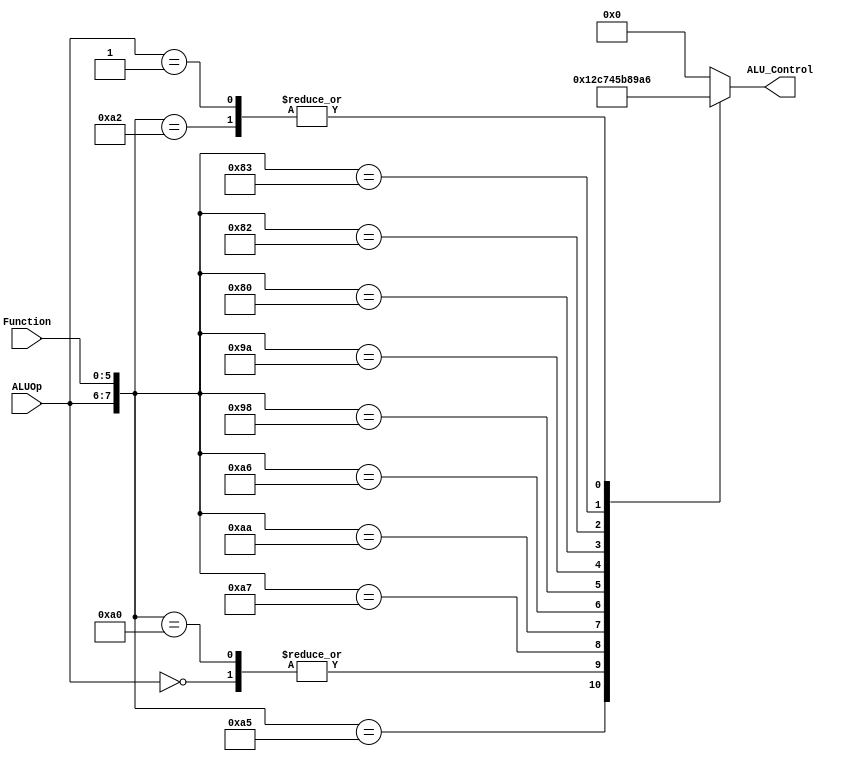
`timescale 1ns / 1ps

 
 module ALUControl(
    input [1:0] ALUOp, 
    input [5:0] Function,
    output reg[3:0] ALU_Control);  

    wire [7:0] ALUControlIn;  
    
    assign ALUControlIn = {ALUOp,Function};  
    
    always @(ALUControlIn)  
     
    casex (ALUControlIn)  
        8'b1x100100: ALU_Control=4'b0000;  
        8'b10100101: ALU_Control=4'b0001;  
        8'b00xxxxxx: ALU_Control=4'b0010; 
        8'b10100000: ALU_Control=4'b0010;
        8'b10100010: ALU_Control=4'b0110;  
        8'b10100111: ALU_Control=4'b1100;
        8'b10101010: ALU_Control=4'b0111;
        8'b10100110: ALU_Control=4'b0100;
        8'b10011000: ALU_Control=4'b0101;
        8'b10011010: ALU_Control=4'b1011;
        8'b10000000: ALU_Control=4'b1000;
        8'b10000010: ALU_Control=4'b1001;
        8'b10000011: ALU_Control=4'b1010;
        8'b11001100: ALU_Control=4'b0000;
        8'b01xxxxxx: ALU_Control=4'b0110;
        default: ALU_Control=4'b0000;  
    endcase  
endmodule